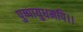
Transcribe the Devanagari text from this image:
पुष्पायुधमपि।।